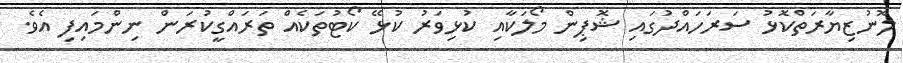
ލޮނުޒިޔާރަތްކޮޅު ސަރަހައްދުގައި ޝޮޕިން މޯލަކާއި ކުޅިވަރު ކުޅޭ ކޯޓުތަކެއް ތަރައްގީކުރަން ނިންމައިފި އެވެ.